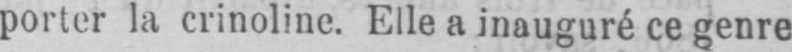
porter la crinoline. Elle a inauguré ce genre